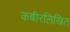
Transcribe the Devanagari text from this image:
कबीरलिखित